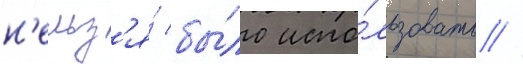
н'ельз'я́ бы́ло испо́льзовать //